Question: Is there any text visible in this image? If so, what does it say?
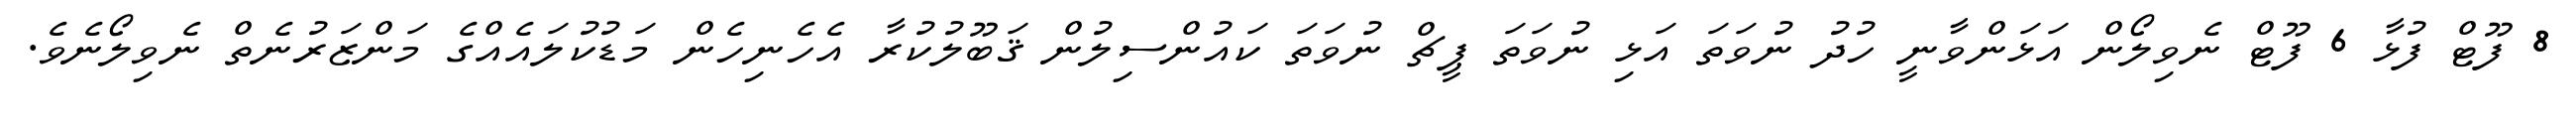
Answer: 8 ފޫޓް ފުޅާ 6 ފޫޓް ނެވިލޯން އަޅަންވާނީ ހުދު ނުވަތަ އަޅި ނުވަތަ ޕީޗް ނުވަތަ ކައުންސިލުން ޤަބޫލުކުރާ އެހެނިހެން މަޑުކުލައެއްގެ މަންޒަރުނެތް ނެވިލޯނެވެ.